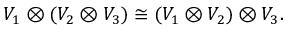
V _ { 1 } \otimes ( V _ { 2 } \otimes V _ { 3 } ) \cong ( V _ { 1 } \otimes V _ { 2 } ) \otimes V _ { 3 } .